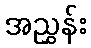
အညွှန်း